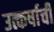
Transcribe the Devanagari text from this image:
उत्कर्षाची